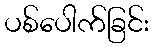
ပစ်ပေါက်ခြင်း